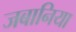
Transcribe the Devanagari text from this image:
जबानिया